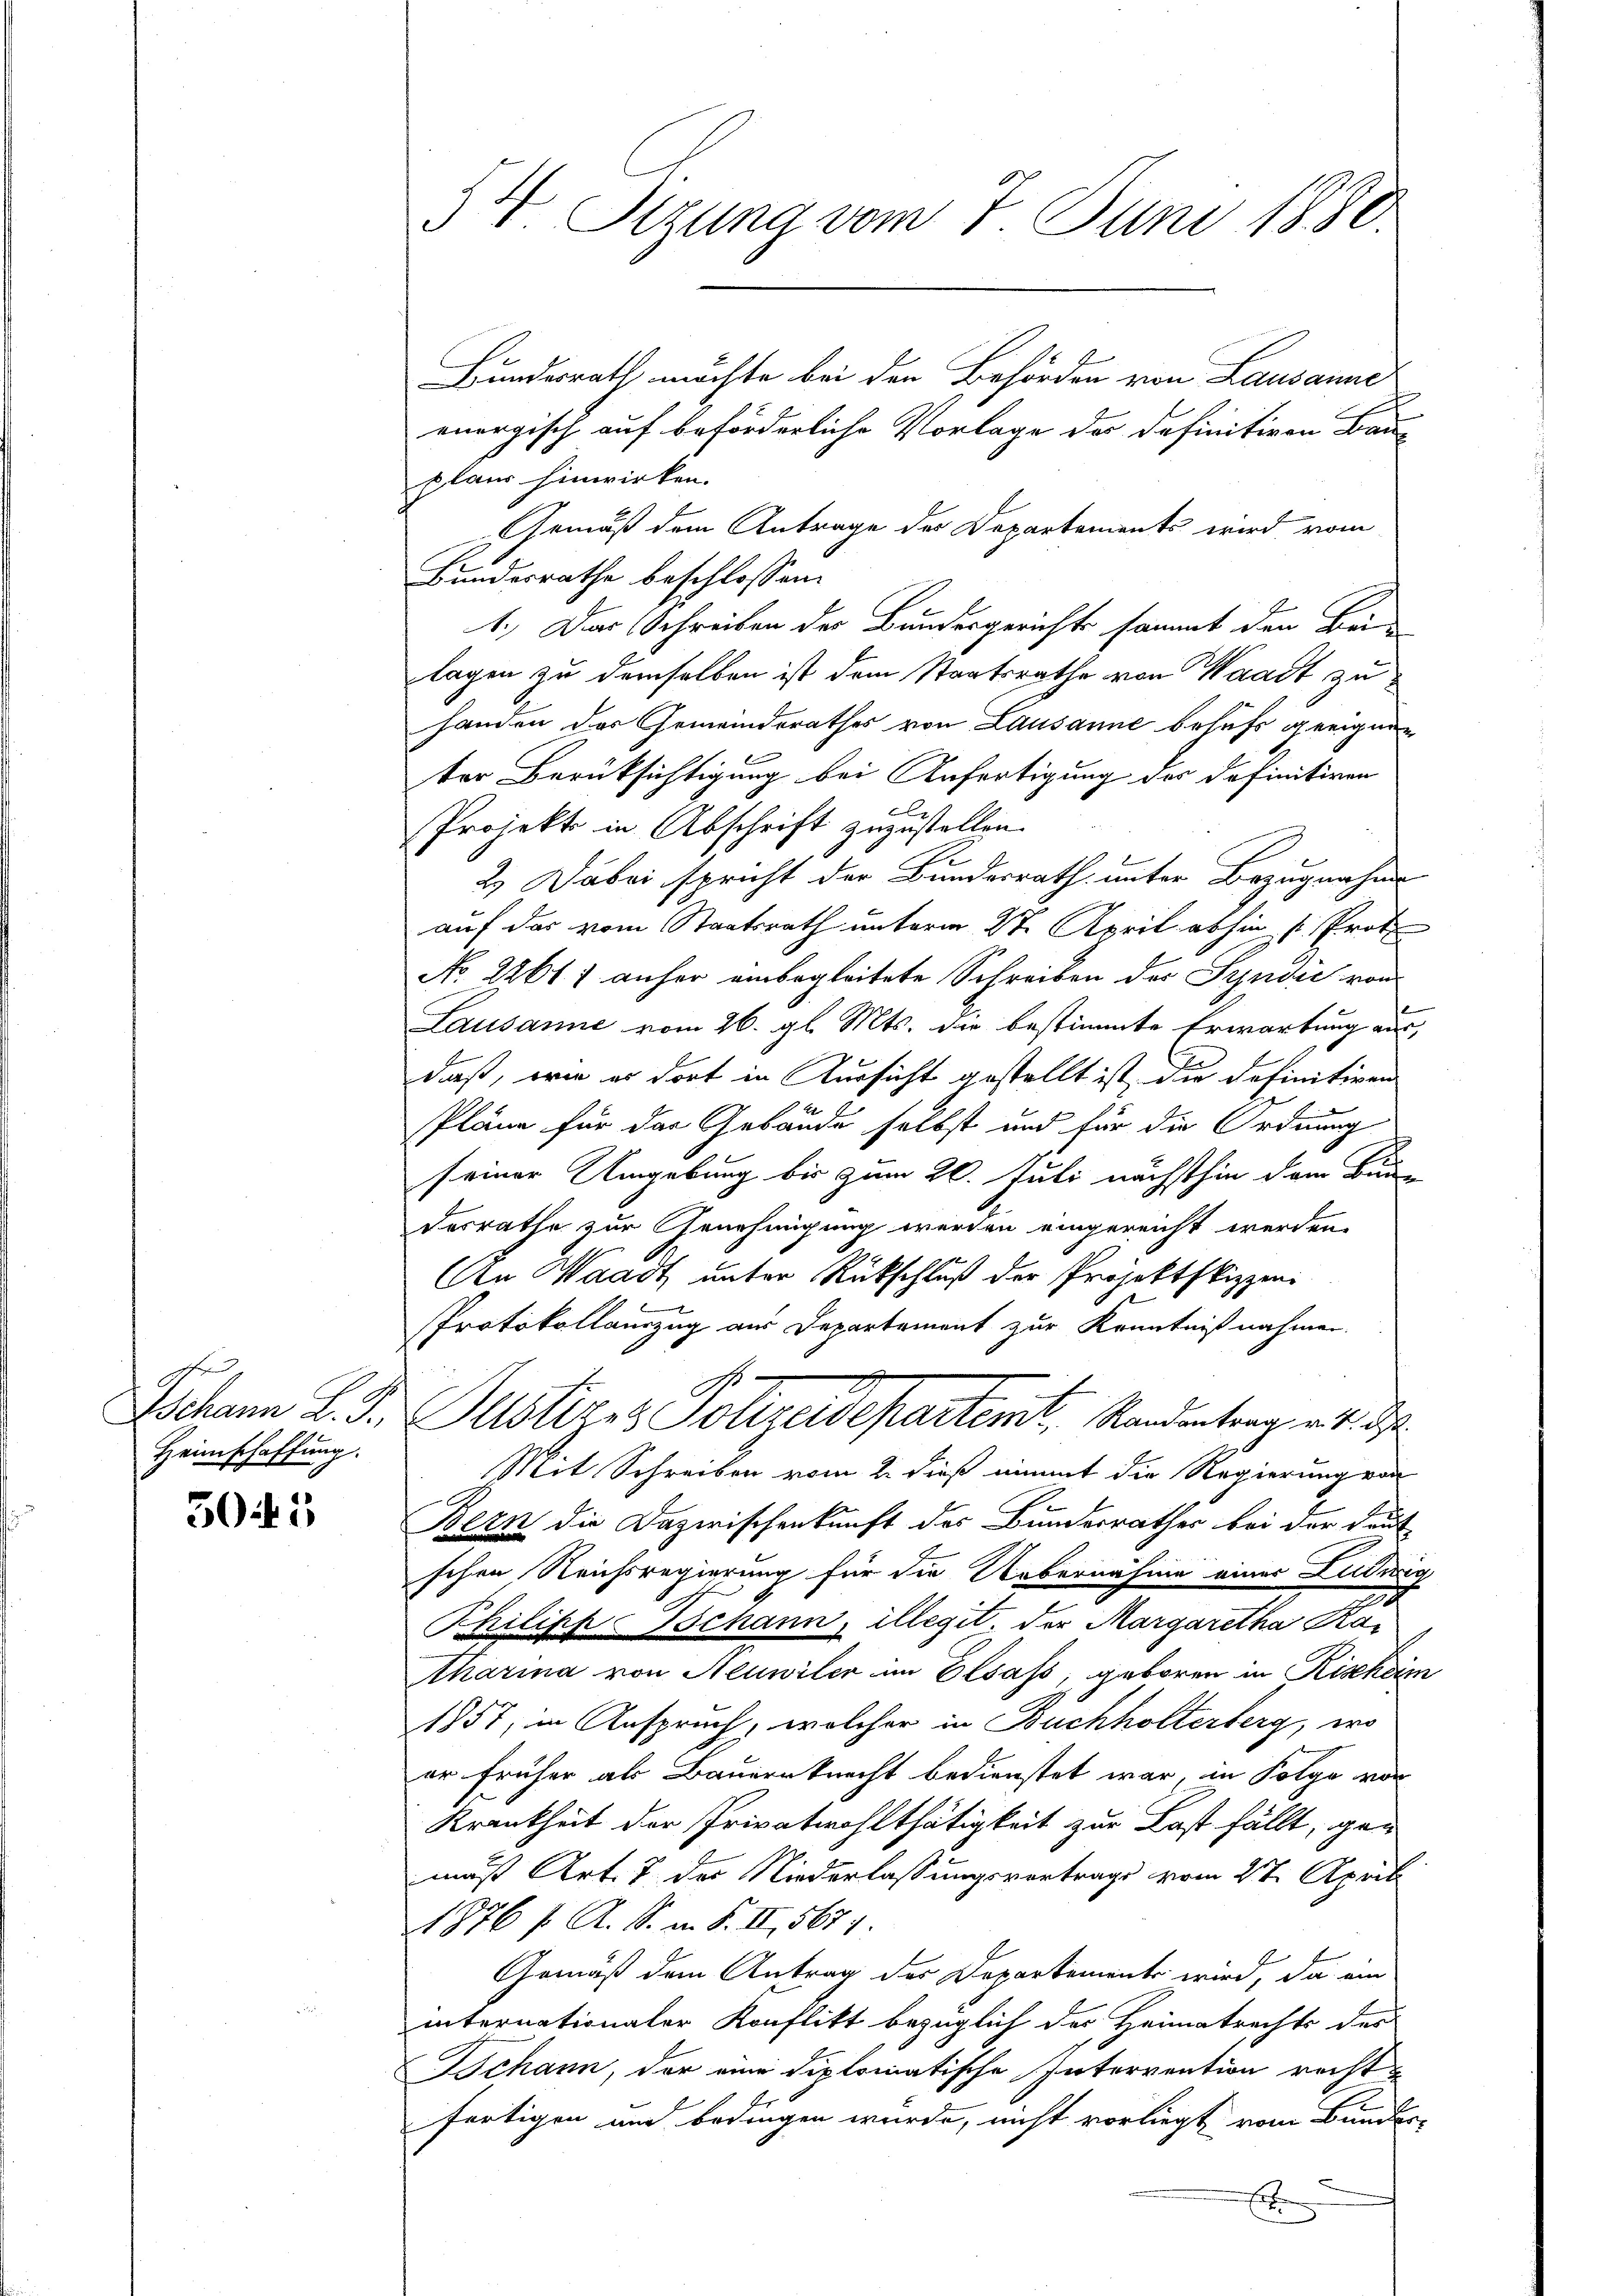
Heimschaffung.

3045,

Bundesrath möchte bei den Behörden von Lausanne
enorgisch auf beförderliche Vorlage der definitiven Bauplan hinwirken.
Gemäß dem Antrage des Departements wird vom
Bundesrathe beschlossen:
1.) Das Schreiben der Bundesgerichts sammt den Bei-
lagen zu demselben ist dem Staatsrathe von Waadt zu
handen das Gemeinderathes von Lausanne behufs geeignen
E
ter Berüksichtigung bei Anfertigung der definitiven
b
Projekt in Abschrift zuzustellen.
E
2.) Dabei spricht der Bundesrath unter Bezugnahm
auf das vom Staatsrath unterm 2te April abhin u. Prot
No. 22617 anher einbegleitete Schreiben der Syndić von
Lausanne vom 26. gl. Mts. die bestimmte Erwartung aus,
daß, wie er dort in Kursicht gestellt ist, die definitiven
Pläne für das Gebäude selbst und für die Ordnung
seiner Umgebung bis zum 20. Juli nächsthin dem Bun-
Desrathe zur Genehmigung werden eingereicht werden.
An Waadt unter Rückschluß der Projektskizzen.
s
Protokollauszug aus Departement zur Kenntnißnahmen.
s
2
Jchann L. F. Geistire Polizeidepartemt, Randantrag v. 4. d.
Mit Schreiben vom 2. dieß nimmt die Regierung von
Bern die Dazwischenkunft des Bundesrathes bei der Deut
schen Reichsregierung für die Uebernahme einer Luduig
Philipp Ischann, illegit, der Margaretha Kas
tharina von Neuwiler im Elsass, geboren in Rischeim
1857, im Anspruch, welcher in Buchholterberg, wo
er früher als Bauernknecht bedienstet war, in Folge vor
Krankheit der Privatwohlthätigkeit zur Last fällt, gen
mäß Art. 7 des Niederlassungsvertrage vom 27. April
1876 / A. S. m. S. II, 5671.
Gemäß dem Antrag des Departements wird, da ein
internationaler Konflikt bezüglich der Heimatrechts des
Bchann, der eine diplomatische Intervention recht
fertigen und bedingen wurde, nicht vorliegt vom Bunder-
x

54. Sizung vom 7. Juni 1880.